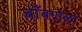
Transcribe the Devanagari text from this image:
बाँबगोळा